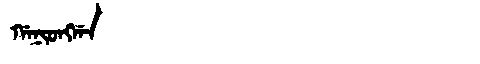
Manchu: ᡤᠠᠨᡳᠣᠩᡤᠠ
Romanization: GANIONGGA